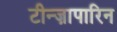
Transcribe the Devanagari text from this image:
टीन्ज़ापारिन